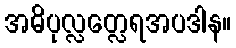
အဓိပုလ္လတ္လေရအပဒါန။